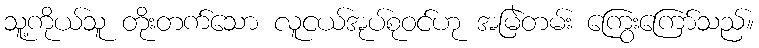
သူ့ကိုယ်သူ တိုးတက်သော လူငယ်အုပ်စုဝင်ဟု အမြဲတမ်း ကြွေးကြော်သည်။